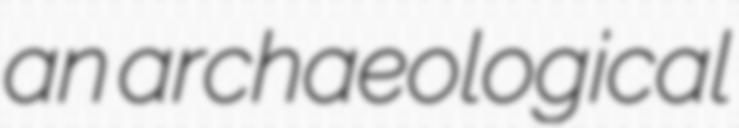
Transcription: an archaeological